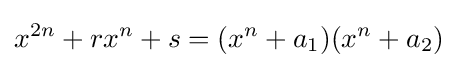
x^{2n}+rx^{n}+s=(x^{n}+a_{1})(x^{n}+a_{2})